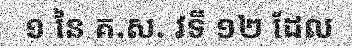
១ នៃ គ.ស. វទី ១២ ដែល